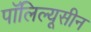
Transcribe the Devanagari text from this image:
पॉलिल्यूसीन